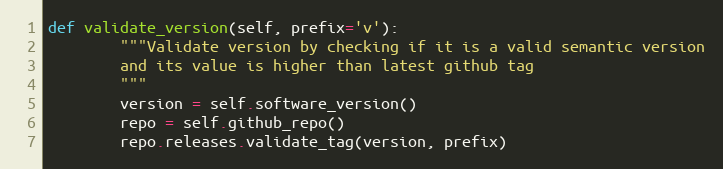
Language: Python
def validate_version(self, prefix='v'):
        """Validate version by checking if it is a valid semantic version
        and its value is higher than latest github tag
        """
        version = self.software_version()
        repo = self.github_repo()
        repo.releases.validate_tag(version, prefix)